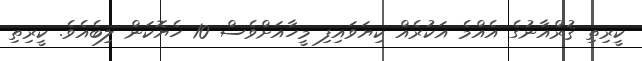
ކީރިތި ޤުރްއާނުގެ އެއްމެ އަކުރެއް ކިޔަވައިފި މީހާއަށްވެސް 10 ހެޔޮކަން ލިބެއެވެ. ކީރިތި